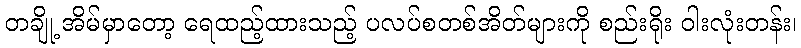
တချို့ အိမ်မှာတော့ ရေထည့်ထားသည့် ပလပ်စတစ်အိတ်များကို စည်းရိုး ဝါးလုံးတန်း၊